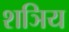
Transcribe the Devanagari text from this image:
शञिय